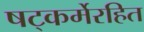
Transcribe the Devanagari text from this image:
षट्‍कर्मेरहित